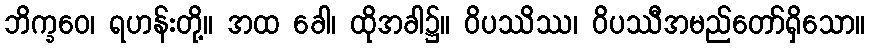
ဘိက္ခဝေ၊ ရဟန်းတို့။ အထ ခေါ၊ ထိုအခါ၌။ ဝိပဿိဿ၊ ဝိပဿီအမည်တော်ရှိသော။